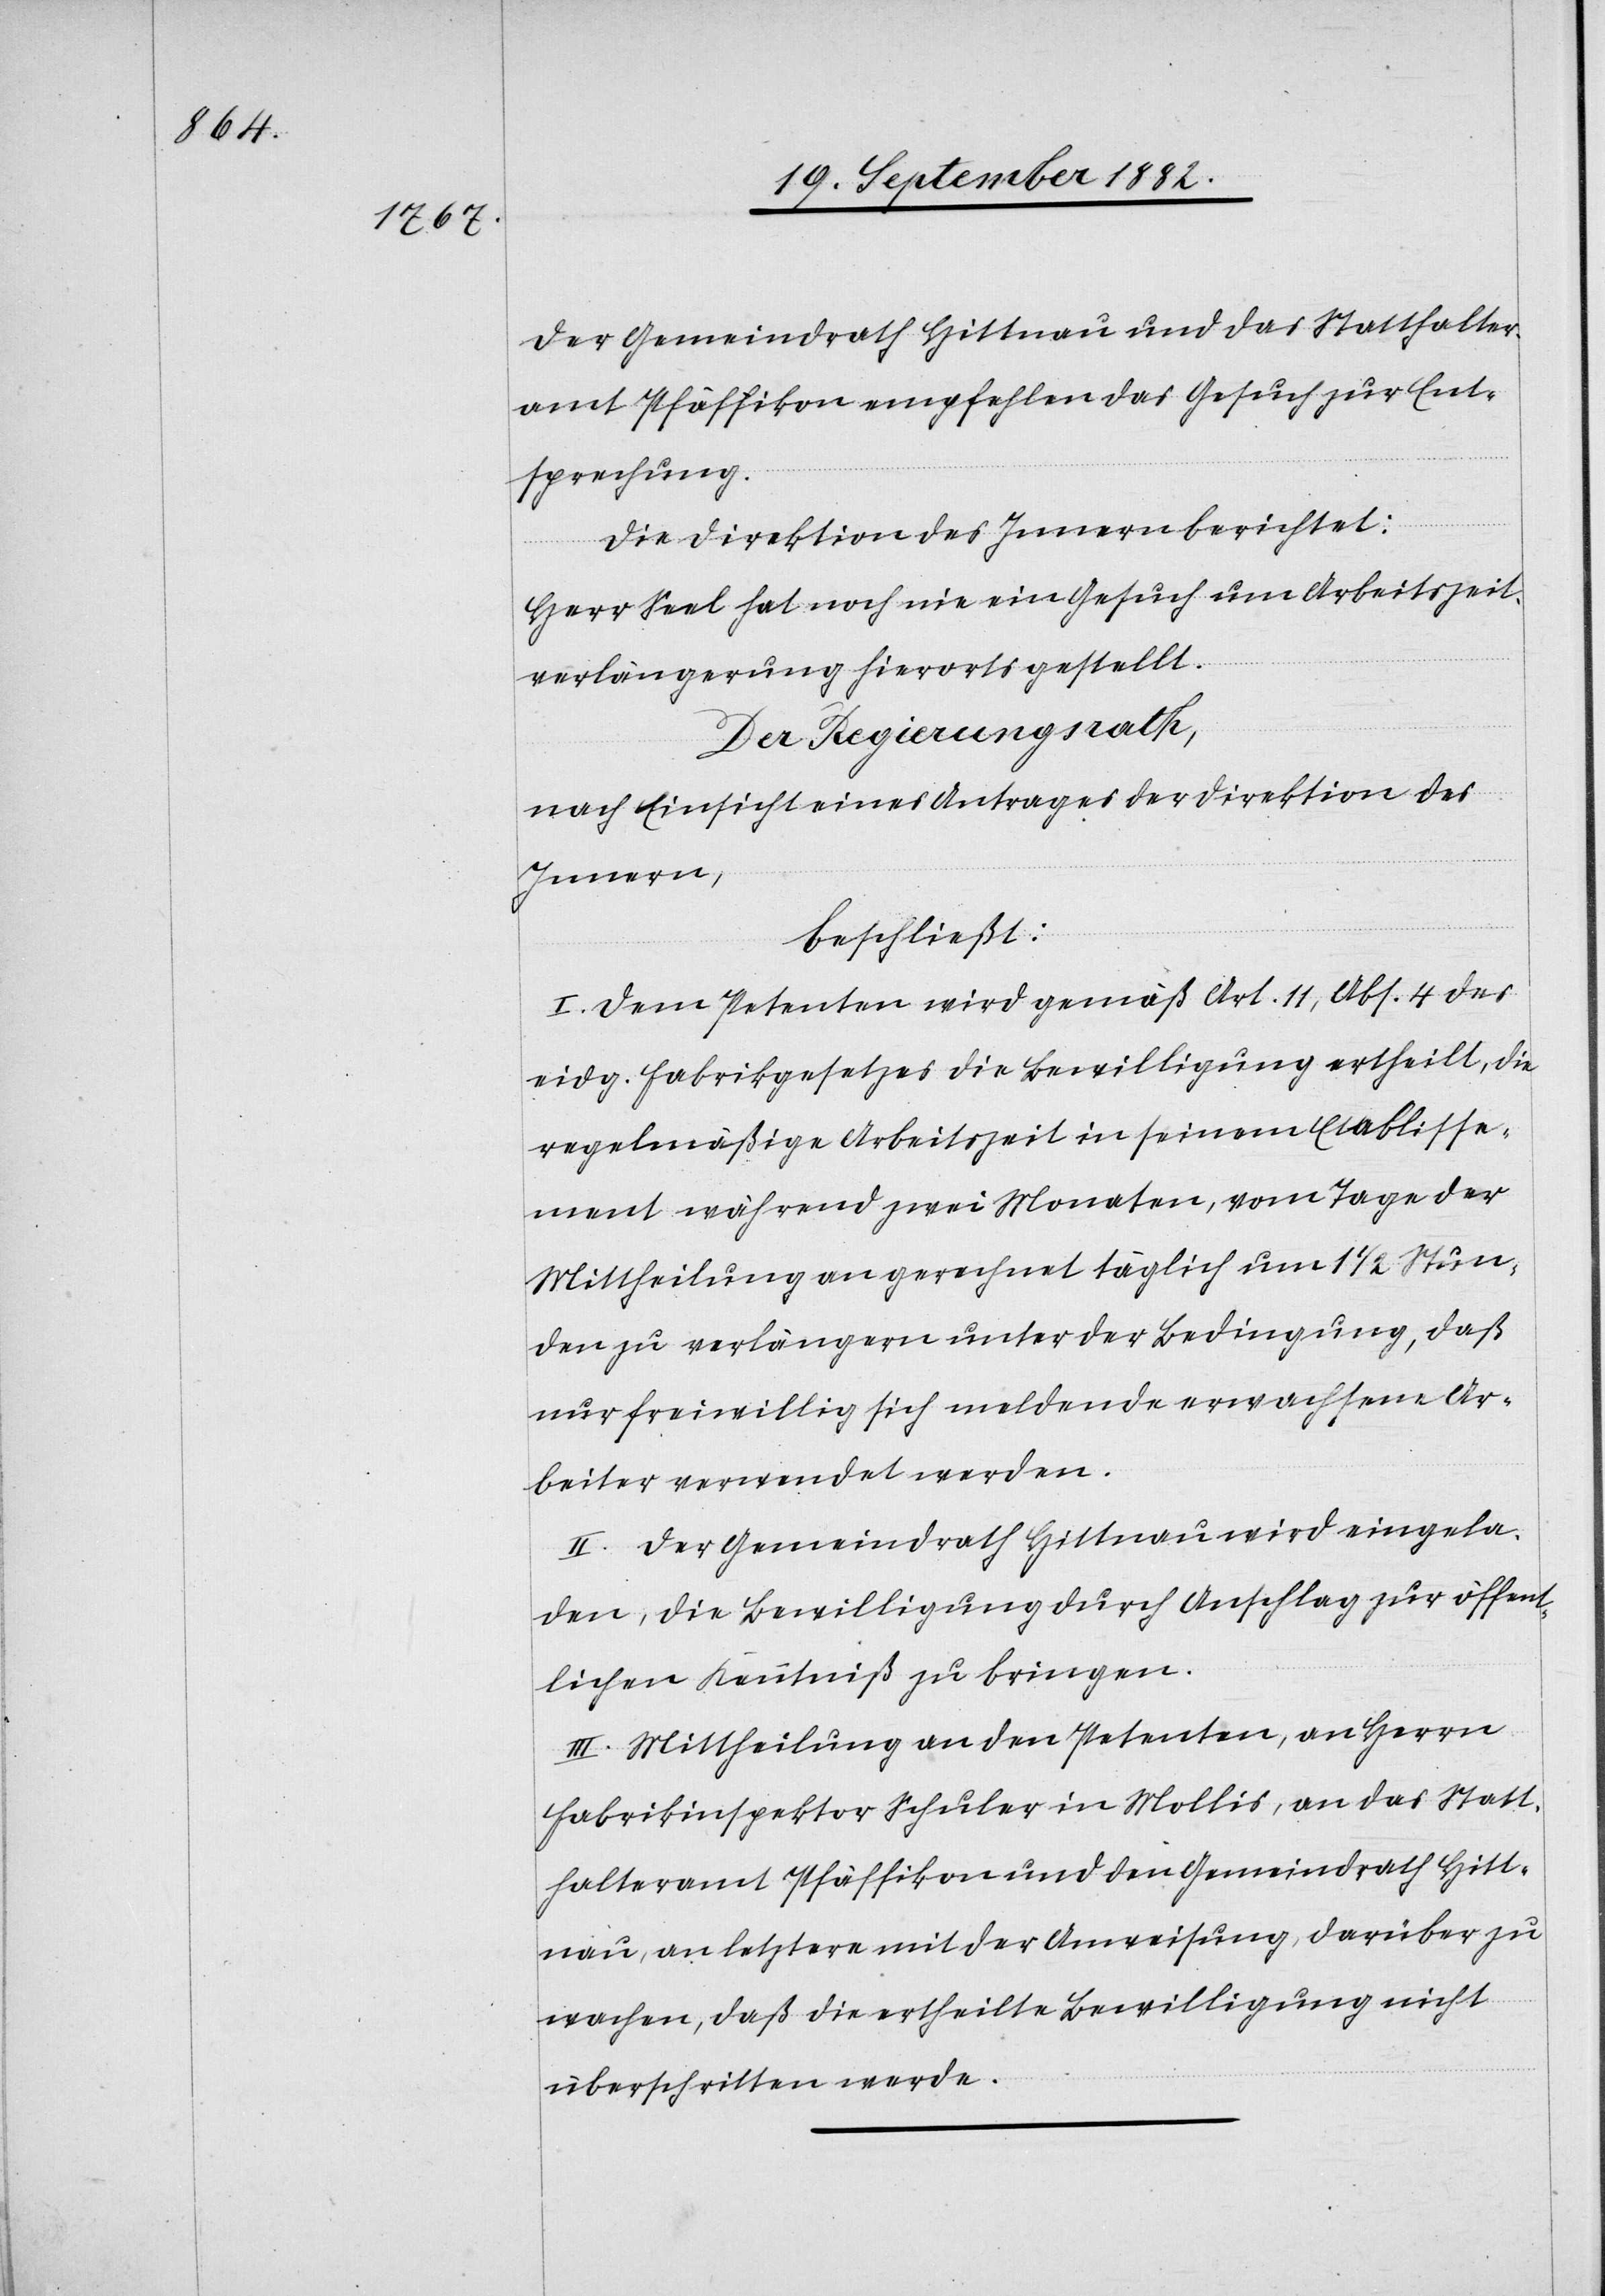
Der Gemeindrath Hittnau und das Statthalter¬
amt Pfäffikon empfehlen das Gesuch zur Ent¬
sprechung.
Die Direktion des Innern berichtet:
Herr Seel hat noch nie ein Gesuch um Arbeitszeit¬
verlängerung hierorts gestellt.
Der Regierungsrath,
nach Einsicht eines Antrages der Direktion des
Innern,
beschließt:
I. Dem Petenten wird gemäß Art. 11, Abs. 4 des
eidg. Fabrikgesetzes die Bewilligung ertheilt, die
regelmäßige Arbeitszeit in seinem Etablisse¬
ment während zwei Monaten, vom Tage der
Mittheilung an gerechnet täglich um 1 1/2 Stun¬
den zu verlängern unter der Bedingung, daß
nur freiwillig sich meldende erwachsene Ar¬
beiter verwendet werden.
II. Der Gemeindrath Hittnau wird eingela¬
den, die Bewilligung durch Anschlag zur öffent¬
lichen Kenntniß zu bringen.
III. Mittheilung an den Petenten, an Herrn
Fabrikinspektor Schuler in Mollis, an das Statt¬
halteramt Pfäffikon und den Gemeindrath Hitt¬
nau, an letztern mit der Anweisung, darüber zu
wachen, daß die ertheilte Bewilligung nicht
überschritten werde.